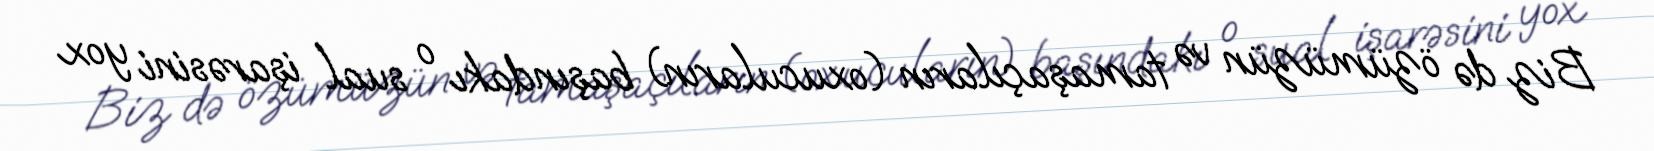
Biz də özümüzün və tamaşaçıların (oxucuların) başındakı o sual işarəsini yox